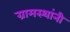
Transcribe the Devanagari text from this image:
ग्रामस्‍थांनी